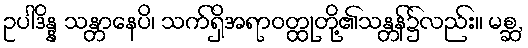
ဥပါဒိန္န သန္တာနေပိ၊ သက်ရှိအရာဝတ္ထုတို့၏သန္တန်၌လည်း။ မစ္ဆ,